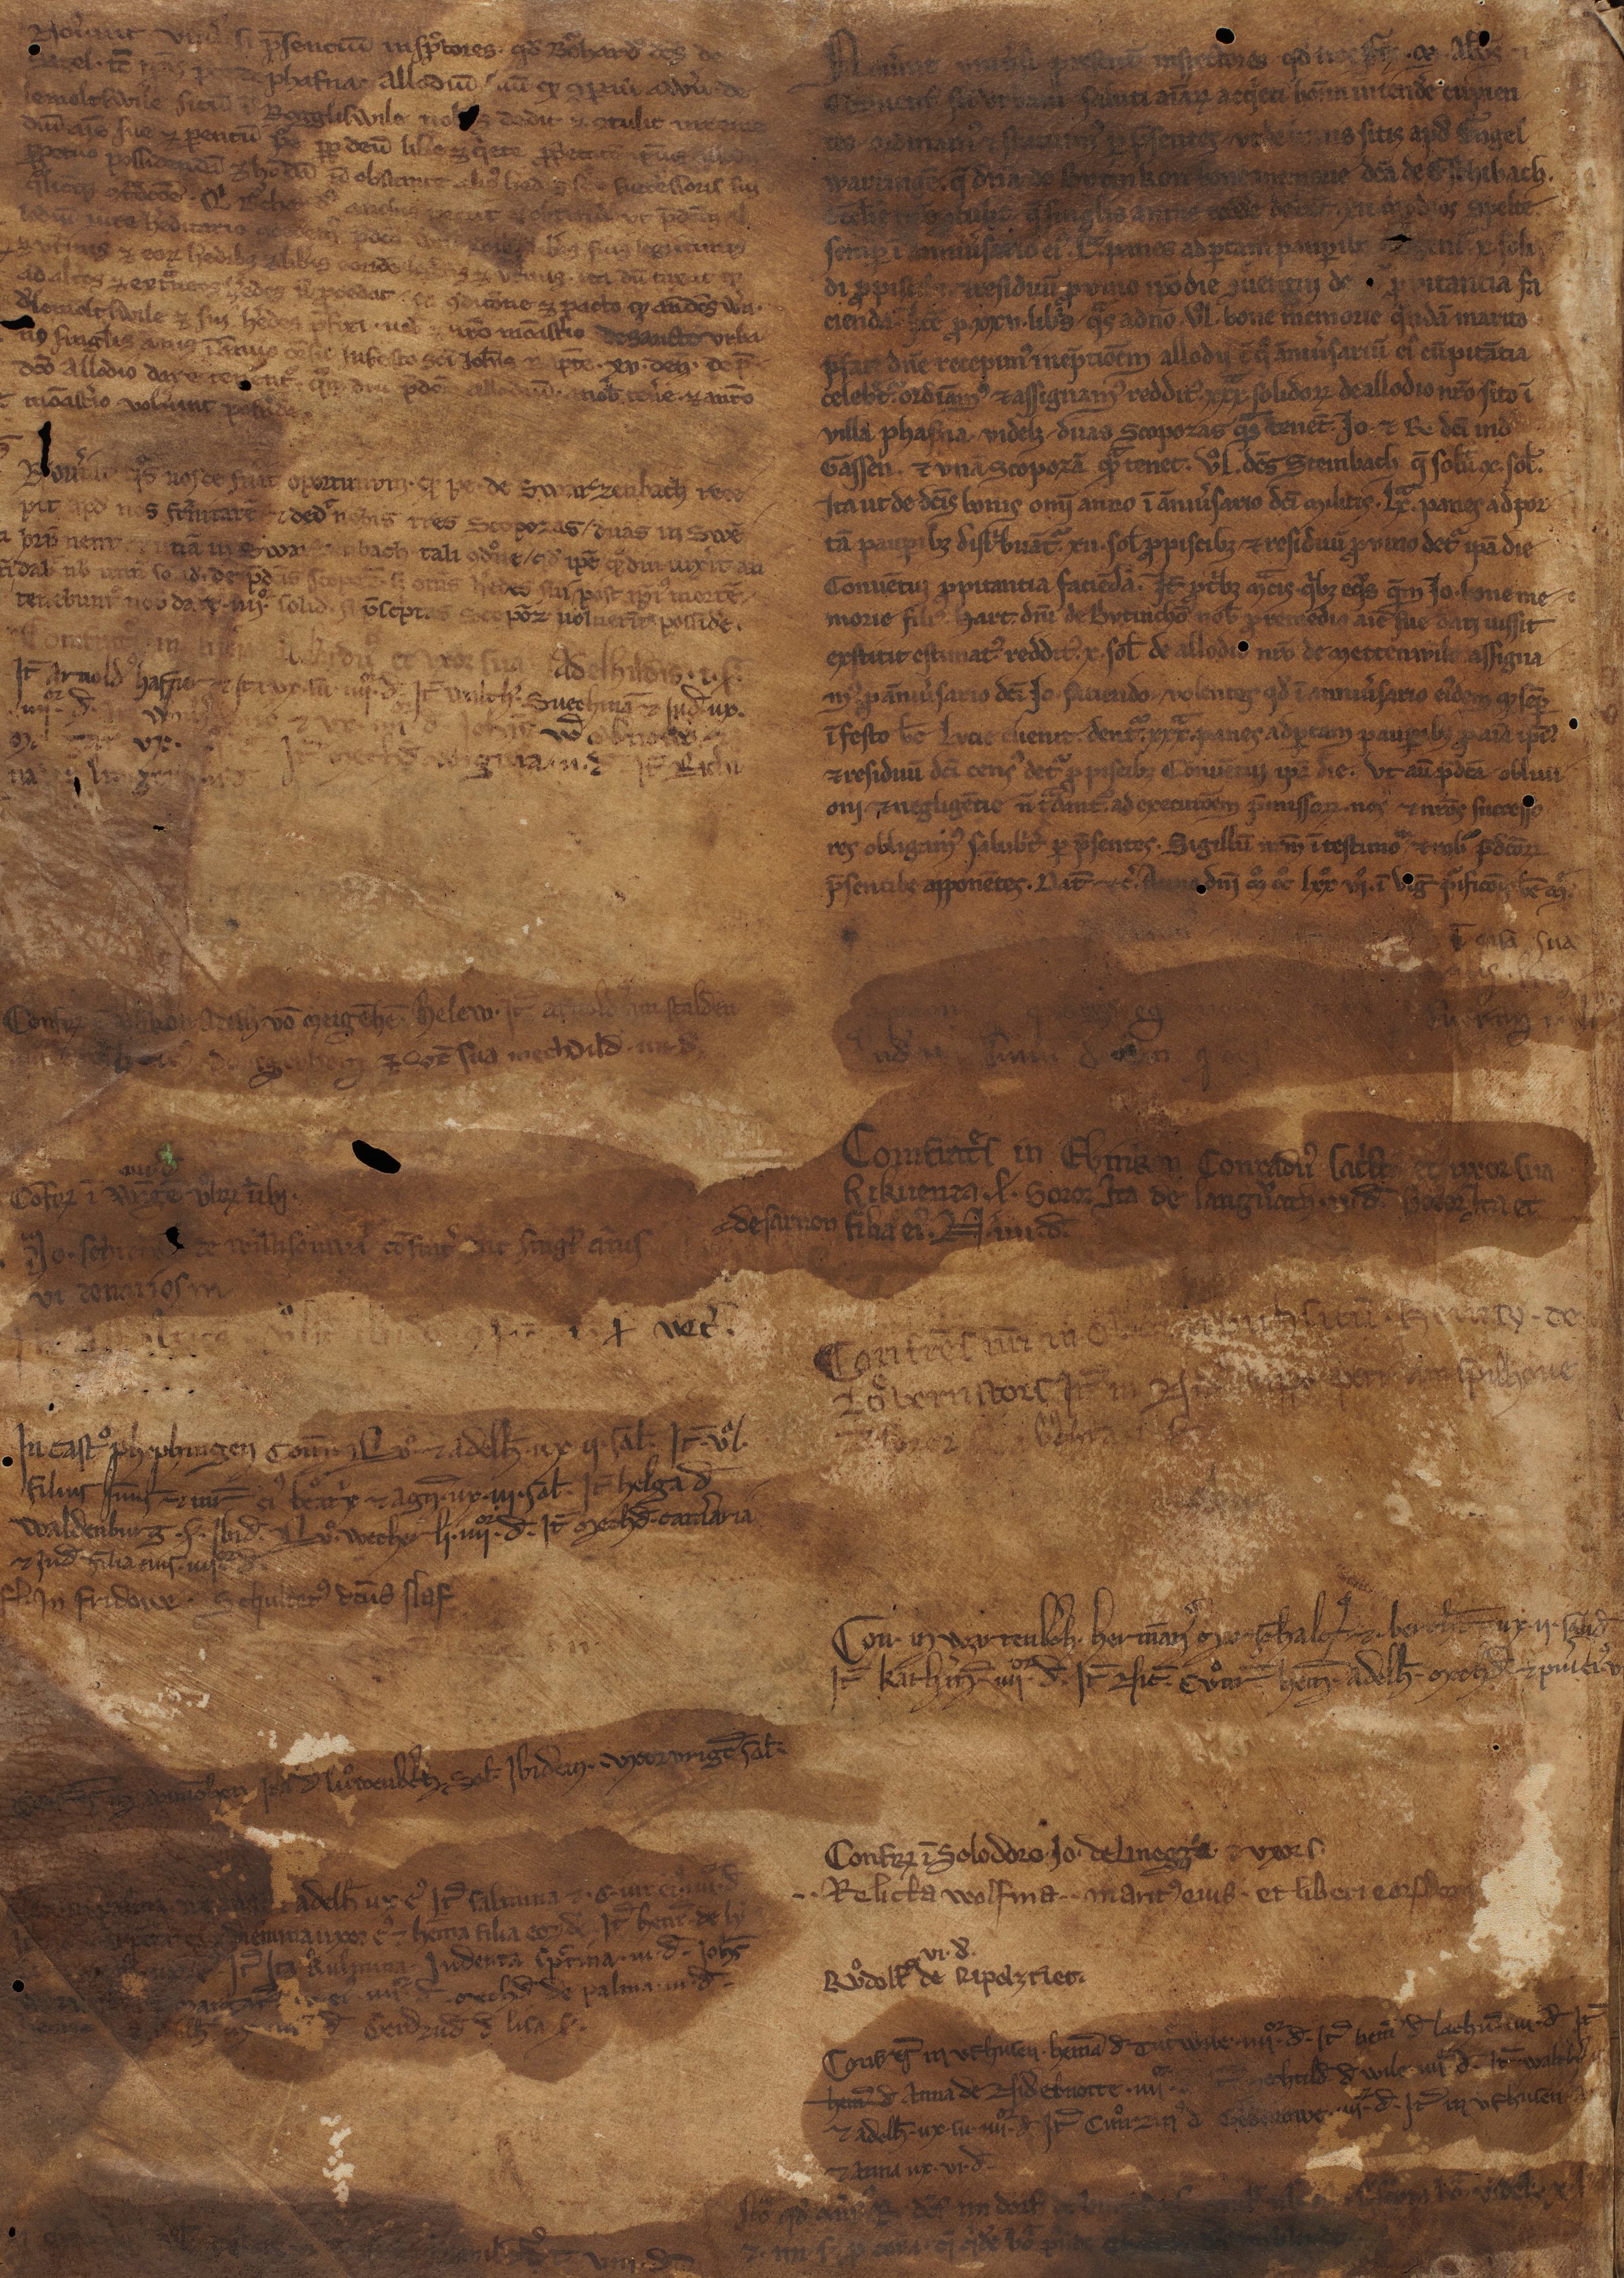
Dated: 1400–1430